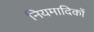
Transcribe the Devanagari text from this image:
नियमादिकों